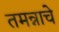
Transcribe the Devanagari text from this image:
तमन्नाचे